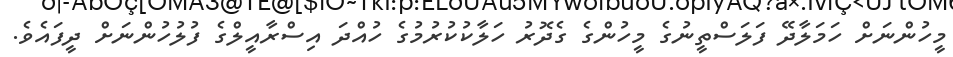
މީހުންނަށް ހަމަލާދޭ ފަލަސްތީނުގެ މީހުންގެ ގެދޮރު ހަލާކުކުރުމުގެ ހުއްދަ އިސްރާއީލްގެ ފުލުހުންނަށް ދީފައެވެ.